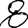
Digit: 8